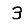
Digit: 3